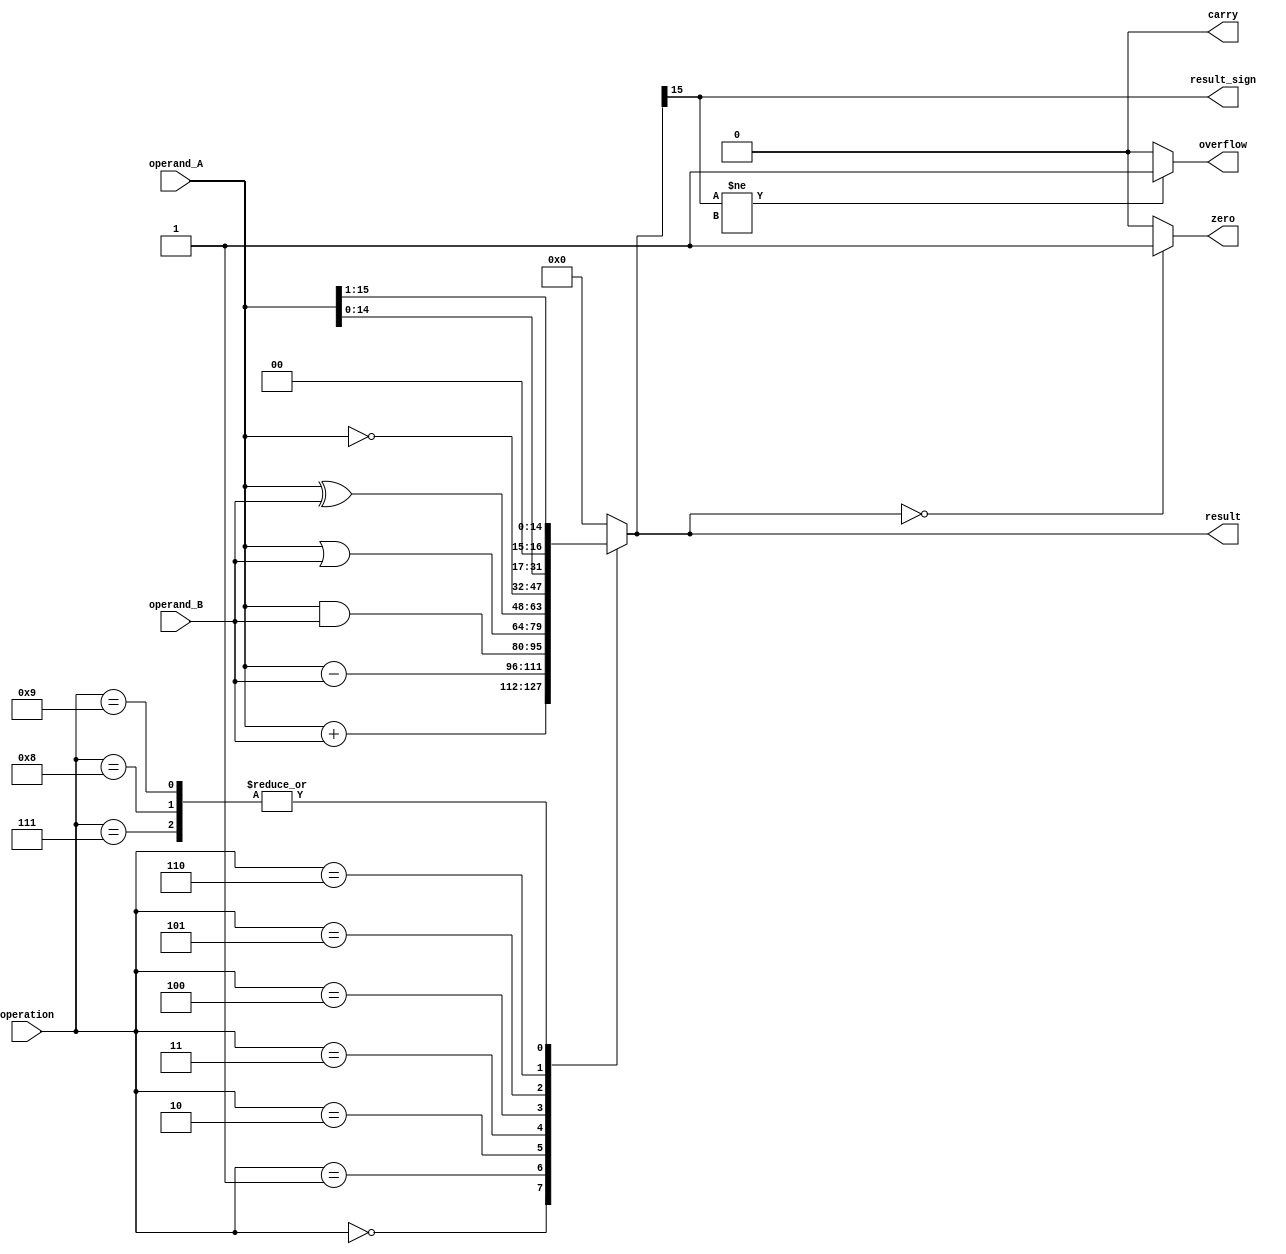
module ALU (
    input [15:0] operand_A,
    input [15:0] operand_B,
    input [3:0] operation,
    output reg [15:0] result,
    output reg carry,
    output reg zero,
    output reg overflow,
    output reg result_sign
);

reg [15:0] temp_result;

always @ (*)
begin
    case(operation)
        4'b0000: temp_result = operand_A + operand_B; //addition
        4'b0001: temp_result = operand_A - operand_B; //subtraction
        4'b0010: temp_result = operand_A & operand_B; //AND
        4'b0011: temp_result = operand_A | operand_B; //OR
        4'b0100: temp_result = operand_A ^ operand_B; //XOR
        4'b0101: temp_result = ~operand_A; //NOT
        4'b0110: temp_result = operand_A << 1; //left shift
        4'b0111: temp_result = operand_A >> 1; //right shift
        4'b1000: temp_result = operand_A >>> 1; //logical shift
        4'b1001: temp_result = operand_A >>> 1; //arithmetic shift
        default: temp_result = 16'b0;
    endcase
end

always @ (*)
begin
    carry = (temp_result[16] == 1) ? 1 : 0;
    zero = (temp_result == 16'b0) ? 1 : 0;
    overflow = (temp_result[15] != temp_result_sign) ? 1 : 0;
    result_sign = temp_result[15];
    result = temp_result;
end

endmodule